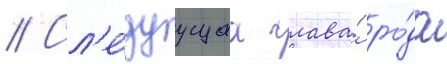
// Сл'е́дуущаа глава́ ро́да